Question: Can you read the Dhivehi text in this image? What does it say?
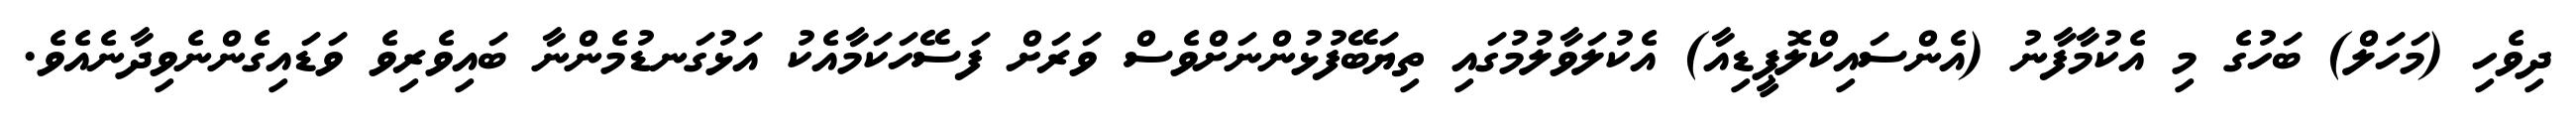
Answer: ދިވެހި (މަހަލް) ބަހުގެ މި އެކުމާފާނު (އެންސައިކްލޮޕީޑިއާ) އެކުލަވާލުމުގައި ތިޔަބޭފުޅުންނަށްވެސް ވަރަށް ފަސޭހަކަމާއެކު އަޅުގަނޑުމެންނާ ބައިވެރިވެ ވަޑައިގެންނެވިދާނެއެވެ.